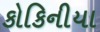
કોકિનીયા